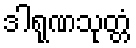
ဒါရုဏသုတ္တံ